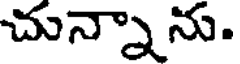
చున్నాను.